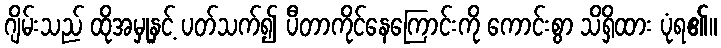
ဂျိမ်းသည် ထိုအမှုနှင့် ပတ်သက်၍ ပီတာကိုင်နေကြောင်းကို ကောင်းစွာ သိရှိထား ပုံရ၏။